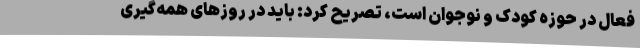
فعال در حوزه کودک و نوجوان است، تصریح کرد: باید در روزهای همه‌گیری